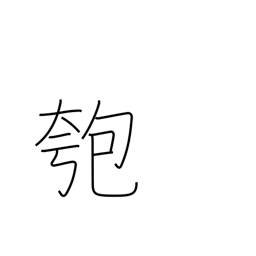
Meaning: gourd